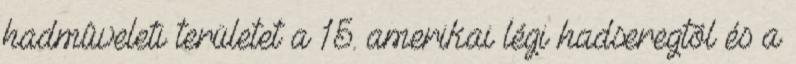
hadmûveleti területet a 15. amerikai légi hadseregtõl és a